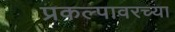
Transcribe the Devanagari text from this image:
प्रकल्पावरच्या